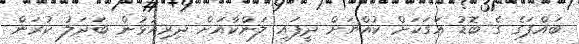
ބައްޕަގެ ގެ ބޮޑު އަގަކަށް ކުއްޔަށް ދީފައި ލަންކާއަށް ދިރިއުޅުން ބަދަލު ކުރަން